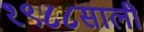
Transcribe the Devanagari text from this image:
१९८८साली